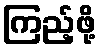
ကြည့်ဖို့